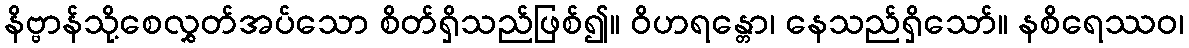
နိဗ္ဗာန်သို့စေလွှတ်အပ်သော စိတ်ရှိသည်ဖြစ်၍။ ဝိဟရန္တော၊ နေသည်ရှိသော်။ နစိရေဿဝ၊